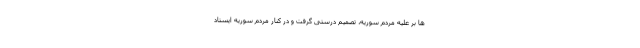
ها بر علیه مردم سوریه، تصمیم درستی گرفت و در کنار مردم سوریه ایستاد